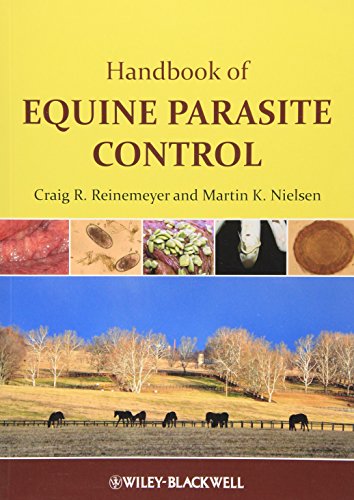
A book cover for Handbook of Equine Parasite Control; Craig Reinemeyer; Medical Books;